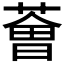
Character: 𦸥